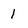
Character: 1